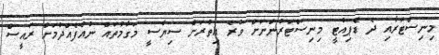
މިނިސްޓަރާއި ދެ ޑެޕިއުޓީ މިނިސްޓަރުންނަށް ވުރެ އިތުރަށް ސިޔާސީ މަގާމުތައް ނުއުފެއްދުމަށް ރައީސް